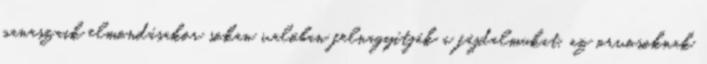
panaszaik elmondásakor sokan valóban felnagyítják a fájdalmukat, az orvosoknak